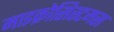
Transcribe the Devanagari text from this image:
माइक्रोसिस्टमस